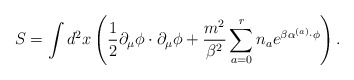
\begin{align*}S = \int d^2x\left(\frac{1}{2}\partial_\mu\phi\cdot\partial_\mu\phi+\frac{m^2}{\beta^2}\sum_{a=0}^r n_a e^{\beta \alpha^{(a)}\cdot\phi}\right).\end{align*}